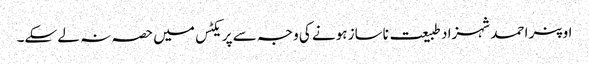
اوپنر احمد شہزاد طبیعت ناساز ہونے کی وجہ سے پریکٹس میں حصہ نہ لے سکے۔